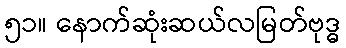
၅၁။ နောက်ဆုံးဆယ်လမြတ်ဗုဒ္ဓ